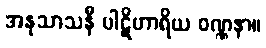
အနုသာသနီ ပါဋိဟာရိယ ဝဏ္ဏနာ။